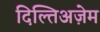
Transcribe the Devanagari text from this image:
दिल्तिअज़ेम